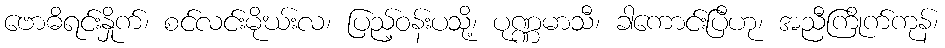
ဗောဓိရင်းနှိုက်၊ စင်လင်းမိုဃ်းလ၊ ပြည့်ဝန်းပသို့၊ ပုဏ္ဏမာသီ၊ ခါကောင်းပြီဟု၊ အညီကြိုက်ကုန်၊